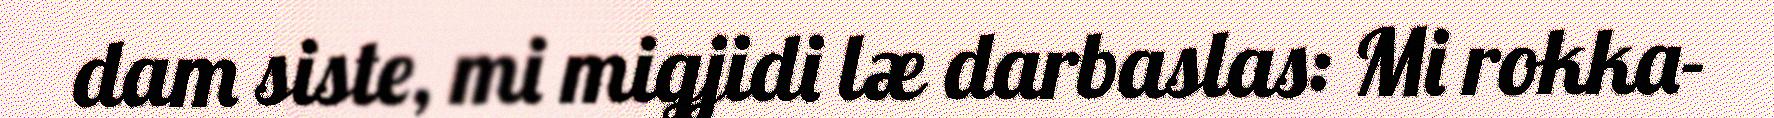
dam siste, mi migjidi læ darbaslas: Mi rokka-